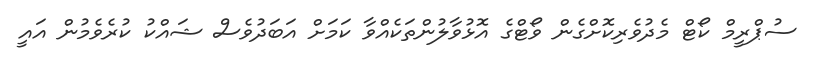
ސުޕްރީމް ކޯޓް މެދުވެރިކޮށްގެން ވޯޓްގެ އޮޅުވާލުންތަކެއްވާ ކަމަށް އަބަދުވެސް ޝައްކު ކުރެވެމުން އައީ